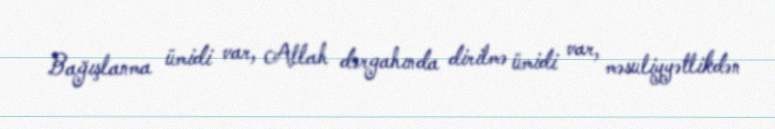
Bağışlanma ümidi var, Allah dərgahında dirilmə ümidi var, məsuliyyətlikdən